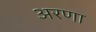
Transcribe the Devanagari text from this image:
अरणा